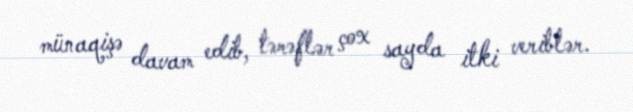
münaqişə davam edib, tərəflər çox sayda itki veriblər.